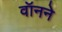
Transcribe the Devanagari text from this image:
वॉनने